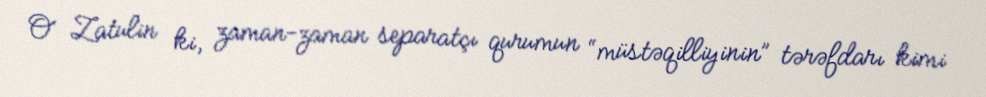
O Zatulin ki, zaman-zaman separatçı qurumun “müstəqilliyinin” tərəfdarı kimi